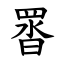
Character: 䍝